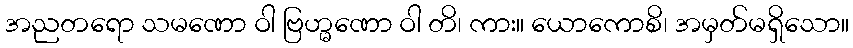
အညတရော သမဏော ဝါ ဗြဟ္မဏော ဝါ တိ၊ ကား။ ယောကောစိ၊ အမှတ်မရှိသော။